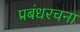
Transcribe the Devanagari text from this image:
प्रबंधरचना